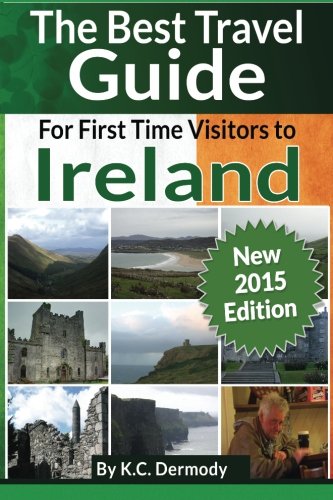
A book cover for Best Travel Guide for First Time Visitors to Ireland; K.C. Dermody; Travel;